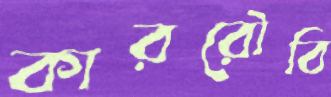
কাররৌবি